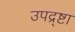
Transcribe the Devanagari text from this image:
उपद्र्ष्टा